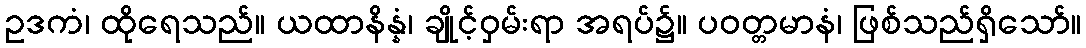
ဥဒကံ၊ ထိုရေသည်။ ယထာနိန္နံ၊ ချိုင့်ဝှမ်းရာ အရပ်၌။ ပဝတ္တမာနံ၊ ဖြစ်သည်ရှိသော်။